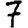
Digit: 7